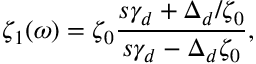
\zeta _ { 1 } ( \omega ) = { \zeta _ { 0 } } \frac { s \gamma _ { d } + \Delta _ { d } / \zeta _ { 0 } } { s \gamma _ { d } - \Delta _ { d } \zeta _ { 0 } } ,